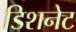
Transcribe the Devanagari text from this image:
डिशनेट